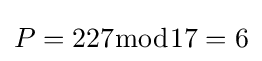
P=227{\bmod {1}}7=6